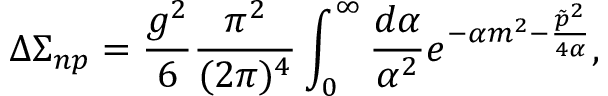
\Delta \Sigma _ { n p } = \frac { g ^ { 2 } } 6 \frac { \pi ^ { 2 } } { ( 2 \pi ) ^ { 4 } } \int _ { 0 } ^ { \infty } \frac { d \alpha } { \alpha ^ { 2 } } e ^ { - \alpha m ^ { 2 } - \frac { \tilde { p } ^ { 2 } } { 4 \alpha } } ,